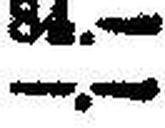
—.—